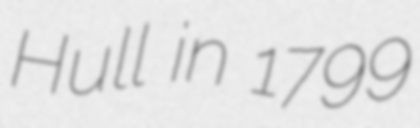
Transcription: Hull in 1799